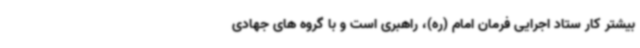
بیشتر کار ستاد اجرایی فرمان امام (ره)، راهبری است و با گروه های جهادی